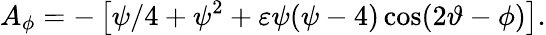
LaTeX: A_{\phi}=-\left[\psi/4+\psi^{2}+\varepsilon\psi(\psi-4)\cos(2\vartheta-\phi)\right].